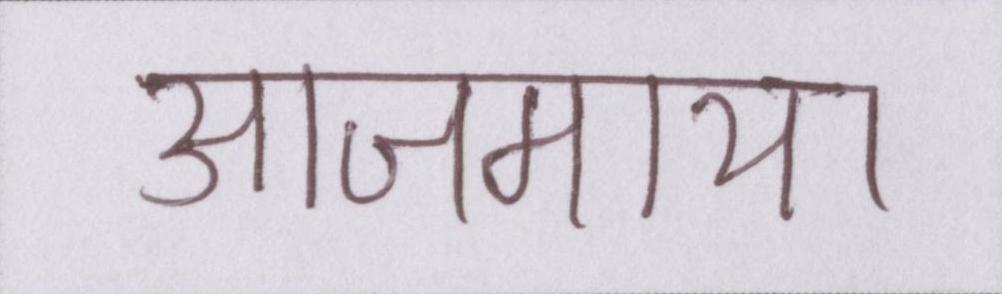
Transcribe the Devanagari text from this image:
आजमाया